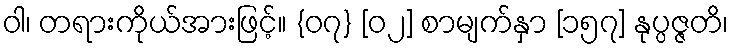
ဝါ၊ တရားကိုယ်အားဖြင့်။ {၀၇} [၀၂] စာမျက်နှာ [၁၅၇] နုပ္ပဇ္ဇတိ၊